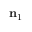
\mathbf { n } _ { 1 }